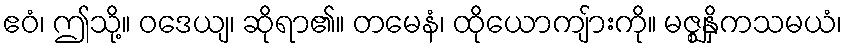
ဧဝံ၊ ဤသို့။ ဝဒေယျ၊ ဆိုရာ၏။ တမေနံ၊ ထိုယောကျ်ားကို။ မဇ္ဈနှိကသမယံ၊